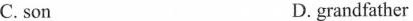
C. son D. grandfather